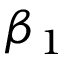
\beta _ { 1 }